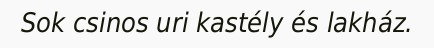
Sok csinos uri kastély és lakház.